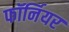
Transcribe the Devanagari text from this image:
फॉर्नियर